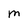
Character: m